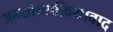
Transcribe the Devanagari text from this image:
अन्योन्यक्रियावाद